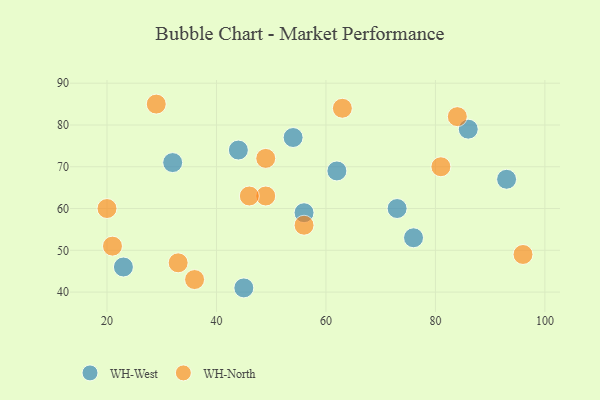
{"axis": {"x": "GDP", "y": "Life Expectancy"}, "legend": ["WH-North", "WH-West"], "data": [{"x": "76", "y": 53, "type": "WH-West"}, {"x": "93", "y": 67, "type": "WH-West"}, {"x": "86", "y": 79, "type": "WH-West"}, {"x": "73", "y": 60, "type": "WH-West"}, {"x": "54", "y": 77, "type": "WH-West"}, {"x": "56", "y": 59, "type": "WH-West"}, {"x": "45", "y": 41, "type": "WH-West"}, {"x": "23", "y": 46, "type": "WH-West"}, {"x": "44", "y": 74, "type": "WH-West"}, {"x": "32", "y": 71, "type": "WH-West"}, {"x": "62", "y": 69, "type": "WH-West"}, {"x": "56", "y": 56, "type": "WH-North"}, {"x": "49", "y": 72, "type": "WH-North"}, {"x": "21", "y": 51, "type": "WH-North"}, {"x": "33", "y": 47, "type": "WH-North"}, {"x": "49", "y": 63, "type": "WH-North"}, {"x": "84", "y": 82, "type": "WH-North"}, {"x": "20", "y": 60, "type": "WH-North"}, {"x": "46", "y": 63, "type": "WH-North"}, {"x": "96", "y": 49, "type": "WH-North"}, {"x": "63", "y": 84, "type": "WH-North"}, {"x": "29", "y": 85, "type": "WH-North"}, {"x": "36", "y": 43, "type": "WH-North"}, {"x": "81", "y": 70, "type": "WH-North"}]}